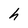
Character: h